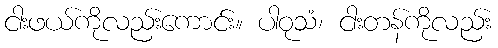
ငါးဖယ်ကိုလည်းကောင်း။ ပါဝုသံ၊ ငါးတန်ကိုလည်း